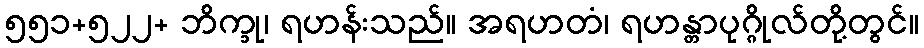
၅၅၁+၅၂၂+ ဘိက္ခု၊ ရဟန်းသည်။ အရဟတံ၊ ရဟန္တာပုဂ္ဂိုလ်တို့တွင်။